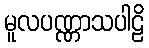
မူလပဏ္ဏာသပါဠိ